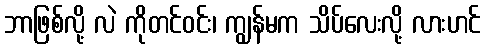
ဘာဖြစ်လို့ လဲ ကိုတင်ဝင်း၊ ကျွန်မက သိပ်လေးလို့ လားဟင်